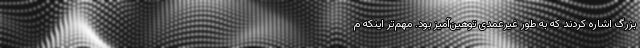
بزرگ اشاره کردند که به طور غیرعمدی توهین‌آمیز بود. مهم‌تر اینکه م